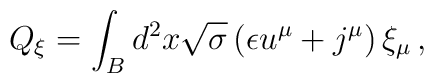
Q_{\xi} = \int_{B} d^{2}x\sqrt{\sigma}\left(\epsilon u^{\mu} +j^{\mu} \right)\xi_{\mu} \, ,